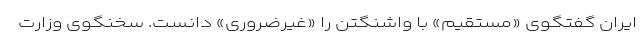
ایران گفتگوی «مستقیم» با واشنگتن را «غیرضروری» دانست. سخنگوی وزارت